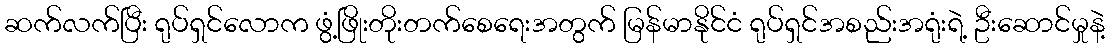
ဆက်လက်ပြီး ရုပ်ရှင်လောက ဖွံ့ဖြိုးတိုးတက်စေရေးအတွက် မြန်မာနိုင်ငံ ရုပ်ရှင်အစည်းအရုံးရဲ့ ဦးဆောင်မှုနဲ့